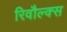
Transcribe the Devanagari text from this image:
रिवौल्क्स